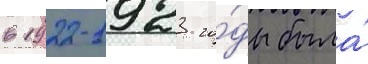
в 1922-1923 го́ды была́